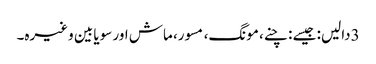
3دالیں: جیسے : چنے، مونگ، مسور، ماش اور سویا بین وغیرہ۔